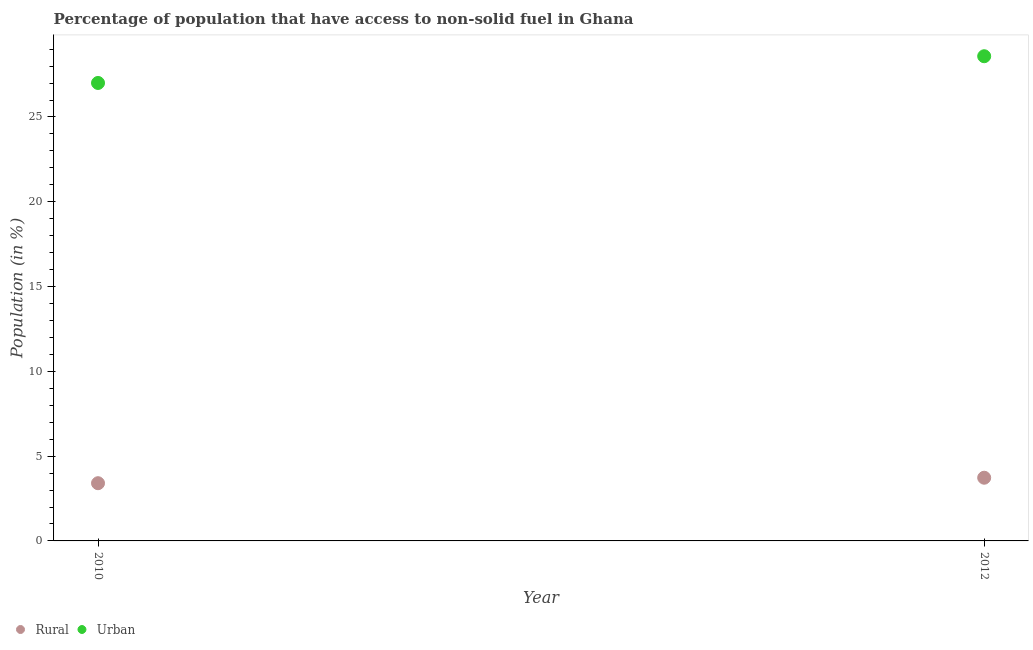
| Year | Rural | Urban |
 | --- | --- | --- |
 | 2010 | 3.4 | 27 |
 | 2012 | 3.73 | 28.6 |